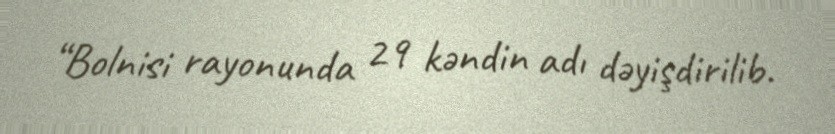
“Bolnisi rayonunda 29 kəndin adı dəyişdirilib.